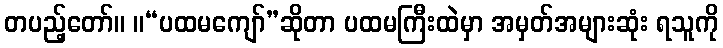
တပည့်တော်။ ။“ပထမကျော်”ဆိုတာ ပထမကြီးထဲမှာ အမှတ်အများဆုံး ရသူကို